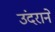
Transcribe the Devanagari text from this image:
उंदराने